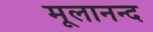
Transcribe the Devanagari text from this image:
मूलानन्द